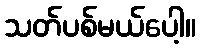
သတ်ပစ်မယ်ပေါ့။